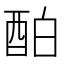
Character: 𨠘